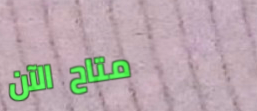
متاح الآن